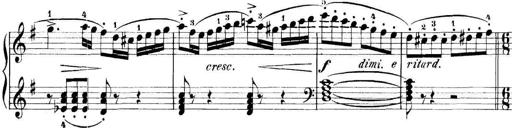
Title: 11 Sonatinas
Composer: Anton Diabelli